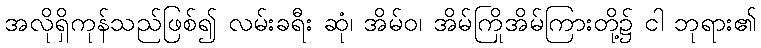
အလိုရှိကုန်သည်ဖြစ်၍ လမ်းခရီး ဆုံ၊ အိမ်ဝ၊ အိမ်ကြိုအိမ်ကြားတို့၌ ငါ ဘုရား၏